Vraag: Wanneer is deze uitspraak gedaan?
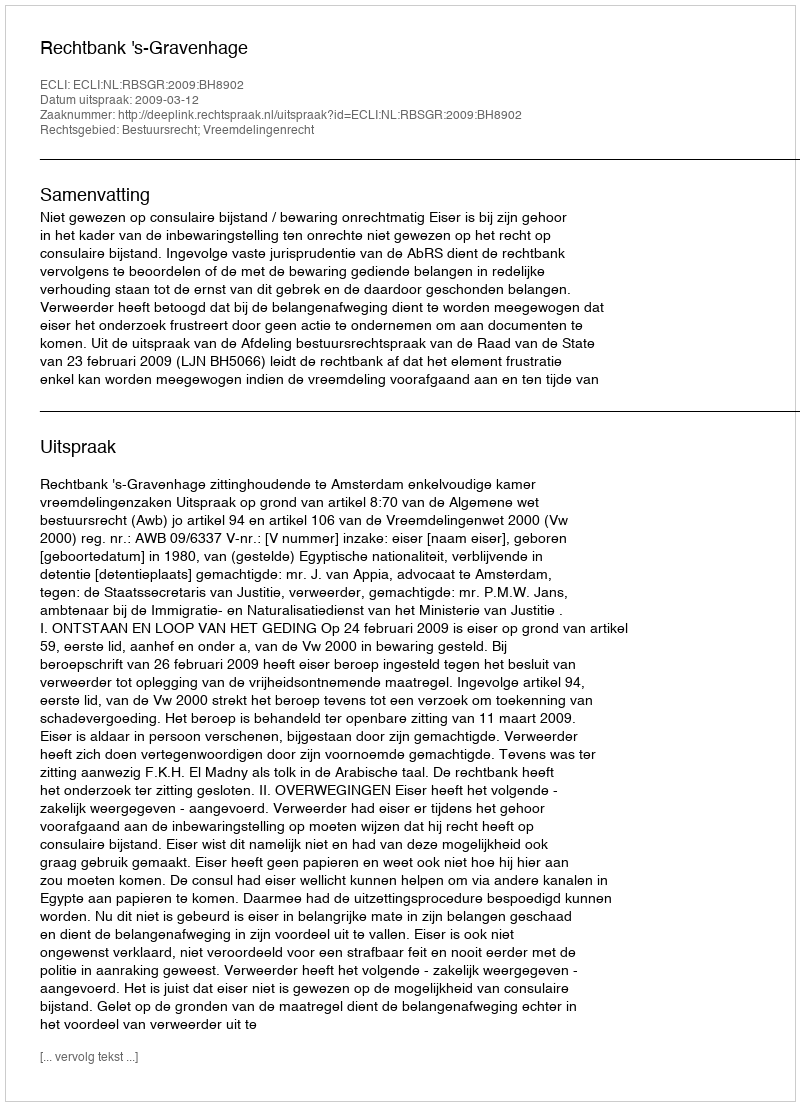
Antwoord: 2009-03-12